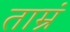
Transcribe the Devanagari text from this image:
ताम्रं